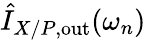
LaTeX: \hat{I}_{X/P,\mathrm{out}}(\omega_{n})